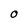
Character: O